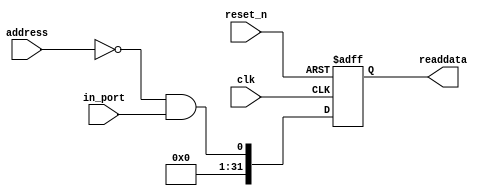
module system_0_sd_wp_n (
                          // inputs:
                           address,
                           clk,
                           in_port,
                           reset_n,

                          // outputs:
                           readdata
                        )
;

  output  [ 31: 0] readdata;
  input   [  1: 0] address;
  input            clk;
  input            in_port;
  input            reset_n;

  wire             clk_en;
  wire             data_in;
  wire             read_mux_out;
  reg     [ 31: 0] readdata;
  assign clk_en = 1;
  //s1, which is an e_avalon_slave
  assign read_mux_out = {1 {(address == 0)}} & data_in;
  always @(posedge clk or negedge reset_n)
    begin
      if (reset_n == 0)
          readdata <= 0;
      else if (clk_en)
          readdata <= {{{32 - 1}{1'b0}},read_mux_out};
    end


  assign data_in = in_port;

endmodule